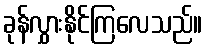
ခုန်လွှားနိုင်ကြလေသည်။